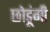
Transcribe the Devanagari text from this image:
छोडूंगी